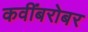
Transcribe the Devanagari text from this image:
कवींबरोबर